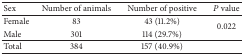
<table><thead><tr><td><b>Sex</b></td><td><b>Number of animals</b></td><td><b>Number of positive</b></td><td><b><i>P</i> value</b></td></tr></thead><tbody><tr><td>Female</td><td>83</td><td>43 (11.2%)</td><td rowspan="2">0.022</td></tr><tr><td>Male</td><td>301</td><td>114 (29.7%)</td></tr><tr><td>Total</td><td>384</td><td>157 (40.9%)</td><td> </td></tr></tbody></table>